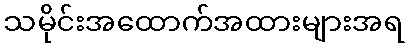
သမိုင်းအထောက်အထားများအရ